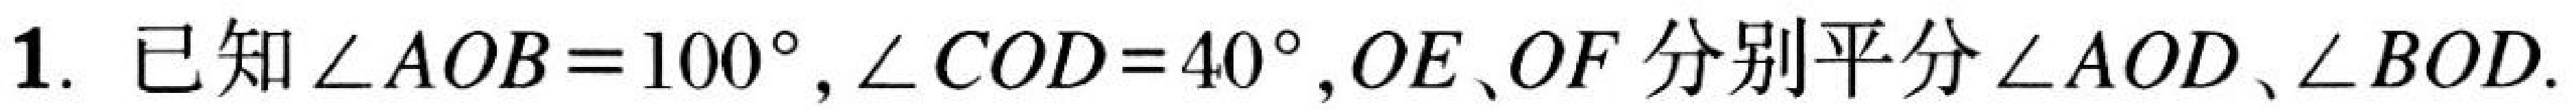
1. 已知\(\angle AOB = 100^{\circ}\), \(\angle COD = 40^{\circ}\), \(OE\)、\(OF\)分别平分\(\angle AOD\)、\(\angle BOD\).